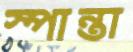
স্পান্তা